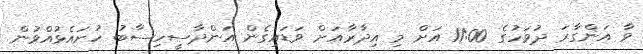
ވާ އަންގާރަ ދުވަހުގެ 11:00 އަށް މި އިދާރާއަށް ވަޑައިގެން އަންދާސީހިސާބު ހުށައެޅުއްވުން